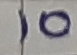
Text: 10